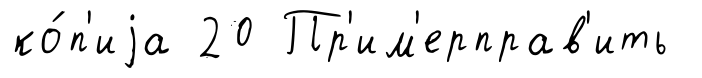
ко́п'иjа 20 Пр'им'ерправ'ить